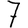
Digit: 7